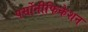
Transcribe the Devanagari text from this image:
पर्सोनीफिकेशन